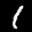
Label: 1